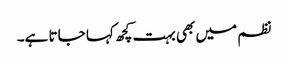
نظم میں بھی بہت کچھ کہا جاتا ہے۔